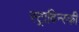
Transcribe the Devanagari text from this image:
स्ट्राविन्स्की